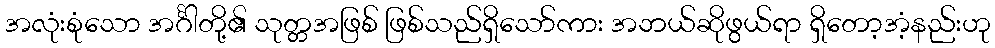
အလုံးစုံသော အင်္ဂါတို့၏ သုတ္တအဖြစ် ဖြစ်သည်ရှိသော်ကား အဘယ်ဆိုဖွယ်ရာ ရှိတော့အံ့နည်းဟု